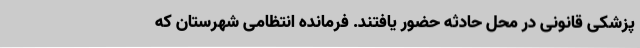
پزشکی قانونی در محل حادثه حضور یافتند. فرمانده انتظامی شهرستان که